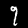
Digit: 9